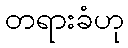
တရားခံဟု